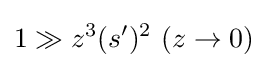
1\gg z^{3}(s^{\prime })^{2}\ (z\to 0)\